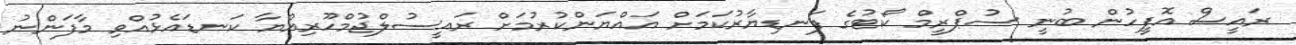
ރައީސް އޮފީހުން ބުނީ ސުޕްރީމް ކޯޓުގެ ފަނޑިޔާރުކަމަށް އައްޔަންކުރުމަށް ރައީސުލްޖުމްހޫރިއްޔާ ކަނޑައެޅުއްވި މާފަންނު